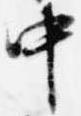
中